Studies on the mouth parts a Comparative anatomy of the proboscis in the blood-sucking muscidae - Number 60
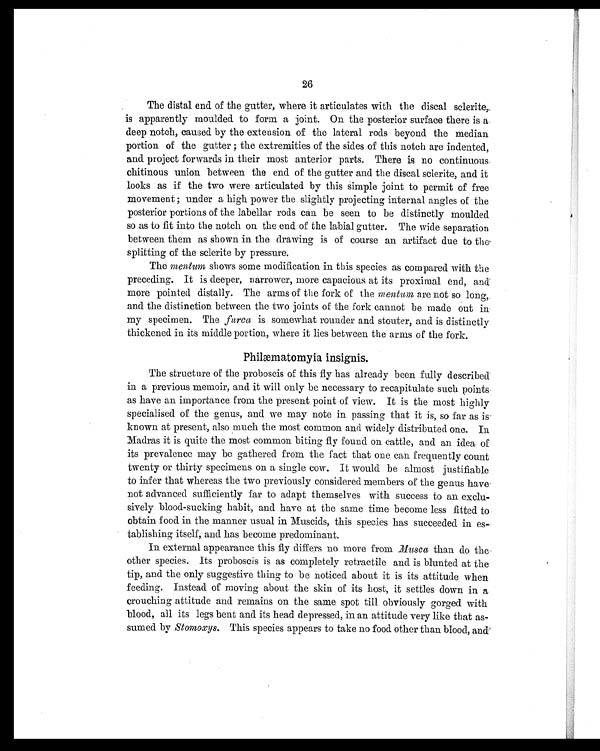
26
The distal end of the gutter, where it articulates with the discal sclerite,
is apparently moulded to form a joint. On the posterior surface there is a
deep notch, caused by the extension of the lateral rods beyond the median
portion of the gutter ; the extremities of the sides of this notch are indented,
and project forwards in their most anterior parts. There is no continuous
chitinous union between the end of the gutter and the discal sclerite, and it
looks as if the two were articulated by this Simple joint to permit of free
movement ; under a high power the slightly projecting internal angles of the
posterior portions of the labellar rods can be seen to be distinctly moulded
so as to fit into the notch on the end of the labial gutter. The wide separation
between them as shown in the drawing is of course an artifact due to the
splitting of the sclerite by pressure.
The ment
um
shows some modification in this species as compared with the
preceding. It is deeper, narrower, more capacious at its proximal end, and
more pointed distally. The arms of the fork of the men
tum
are not so long,
and the distinction between the two joints of the fork cannot be made out in
my specimen. The furca is somewhat rounder and stouter, and is distinctly
thickened in its middle portion, where it lies between the arms of the fork.
Philæmato
myia insignis.
The structure of the proboscis of this fly has already been fully described
in a previous memoir, and it will only be necessary to recapitulate such points
as have an importance from the present point of view. It is the most highly
specialised of the genus, and we may note in passing that it is, so far as is
known at present, also much the most common and widely distributed one. In
Madras it is quite the most common biting fly found on cattle, and an idea of
its prevalence may be gathered from the fact that one can frequently count
twenty or thirty specimens on a single cow. It would be almost justifiable
to infer that whereas the two previously considered members of the genus have
not advanced sufficiently far to adapt themselves with success to an exclu-
sively blood-sucking habit, and have at the same time become less fitted to
obtain food in the manner usual in Muscids, this species has succeeded in es-
tablishing itself, and has become predominant.
In external appearance this fly differs no more from Musca than do the
other species. Its proboscis is as completely retractile and is blunted at the
tip, and the only suggestive thing to be noticed about it is its attitude when
feeding. Instead of moving about the skin of its host, it settles down in a
crouching attitude and remains on the same spot till obviously gorged with
blood, all its legs bent and its head depressed, in an attitude very like that as-
sumed by Stomoxys. This species appears to take no food other than blood, and